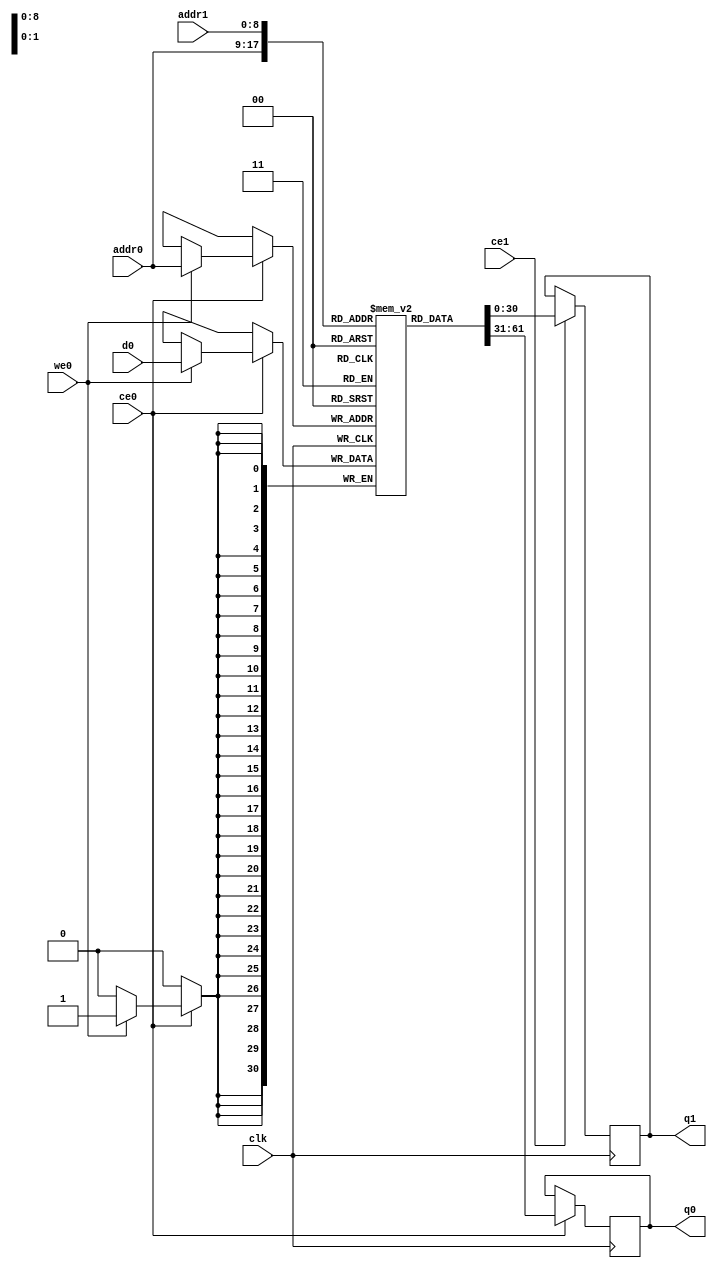
// ==============================================================
// Vitis HLS - High-Level Synthesis from C, C++ and OpenCL v2020.2 (64-bit)
// Copyright 1986-2020 Xilinx, Inc. All Rights Reserved.
// ==============================================================
`timescale 1 ns / 1 ps
module hls_xfft2real_xfft2real_complex_ap_fixed_32_1_5_3_0_complex_ap_fixed_32_1_5_3_0_11_true_s_fkbM_ram (addr0, ce0, d0, we0, q0, addr1, ce1, q1,  clk);

parameter DWIDTH = 31;
parameter AWIDTH = 9;
parameter MEM_SIZE = 512;

input[AWIDTH-1:0] addr0;
input ce0;
input[DWIDTH-1:0] d0;
input we0;
output reg[DWIDTH-1:0] q0;
input[AWIDTH-1:0] addr1;
input ce1;
output reg[DWIDTH-1:0] q1;
input clk;

reg [DWIDTH-1:0] ram0[0:MEM_SIZE-1];



always @(posedge clk)  
begin 
    if (ce0) begin
        if (we0) 
            ram0[addr0] <= d0; 
        q0 <= ram0[addr0];
    end
end


always @(posedge clk)  
begin 
    if (ce1) begin
        q1 <= ram0[addr1];
    end
end


endmodule

`timescale 1 ns / 1 ps
module hls_xfft2real_xfft2real_complex_ap_fixed_32_1_5_3_0_complex_ap_fixed_32_1_5_3_0_11_true_s_fkbM(
    reset,
    clk,
    address0,
    ce0,
    we0,
    d0,
    q0,
    address1,
    ce1,
    q1);

parameter DataWidth = 32'd31;
parameter AddressRange = 32'd512;
parameter AddressWidth = 32'd9;
input reset;
input clk;
input[AddressWidth - 1:0] address0;
input ce0;
input we0;
input[DataWidth - 1:0] d0;
output[DataWidth - 1:0] q0;
input[AddressWidth - 1:0] address1;
input ce1;
output[DataWidth - 1:0] q1;



hls_xfft2real_xfft2real_complex_ap_fixed_32_1_5_3_0_complex_ap_fixed_32_1_5_3_0_11_true_s_fkbM_ram hls_xfft2real_xfft2real_complex_ap_fixed_32_1_5_3_0_complex_ap_fixed_32_1_5_3_0_11_true_s_fkbM_ram_U(
    .clk( clk ),
    .addr0( address0 ),
    .ce0( ce0 ),
    .we0( we0 ),
    .d0( d0 ),
    .q0( q0 ),
    .addr1( address1 ),
    .ce1( ce1 ),
    .q1( q1 ));

endmodule